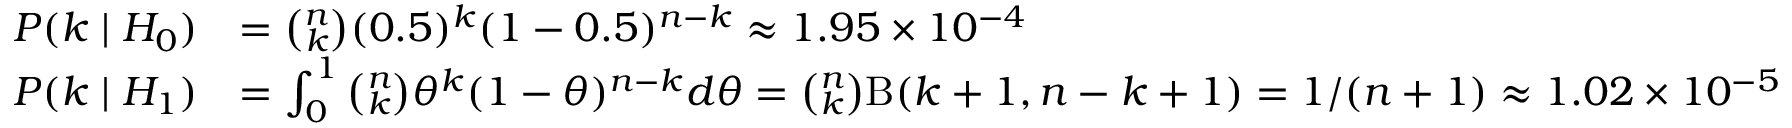
{ \begin{array} { r l } { P ( k \mid H _ { 0 } ) } & { = { \binom { n } { k } } ( 0 . 5 ) ^ { k } ( 1 - 0 . 5 ) ^ { n - k } \approx 1 . 9 5 \times 1 0 ^ { - 4 } } \\ { P ( k \mid H _ { 1 } ) } & { = \int _ { 0 } ^ { 1 } { \binom { n } { k } } \theta ^ { k } ( 1 - \theta ) ^ { n - k } d \theta = { \binom { n } { k } } \mathrm { \mathrm { B } } ( k + 1 , n - k + 1 ) = 1 / ( n + 1 ) \approx 1 . 0 2 \times 1 0 ^ { - 5 } } \end{array} }